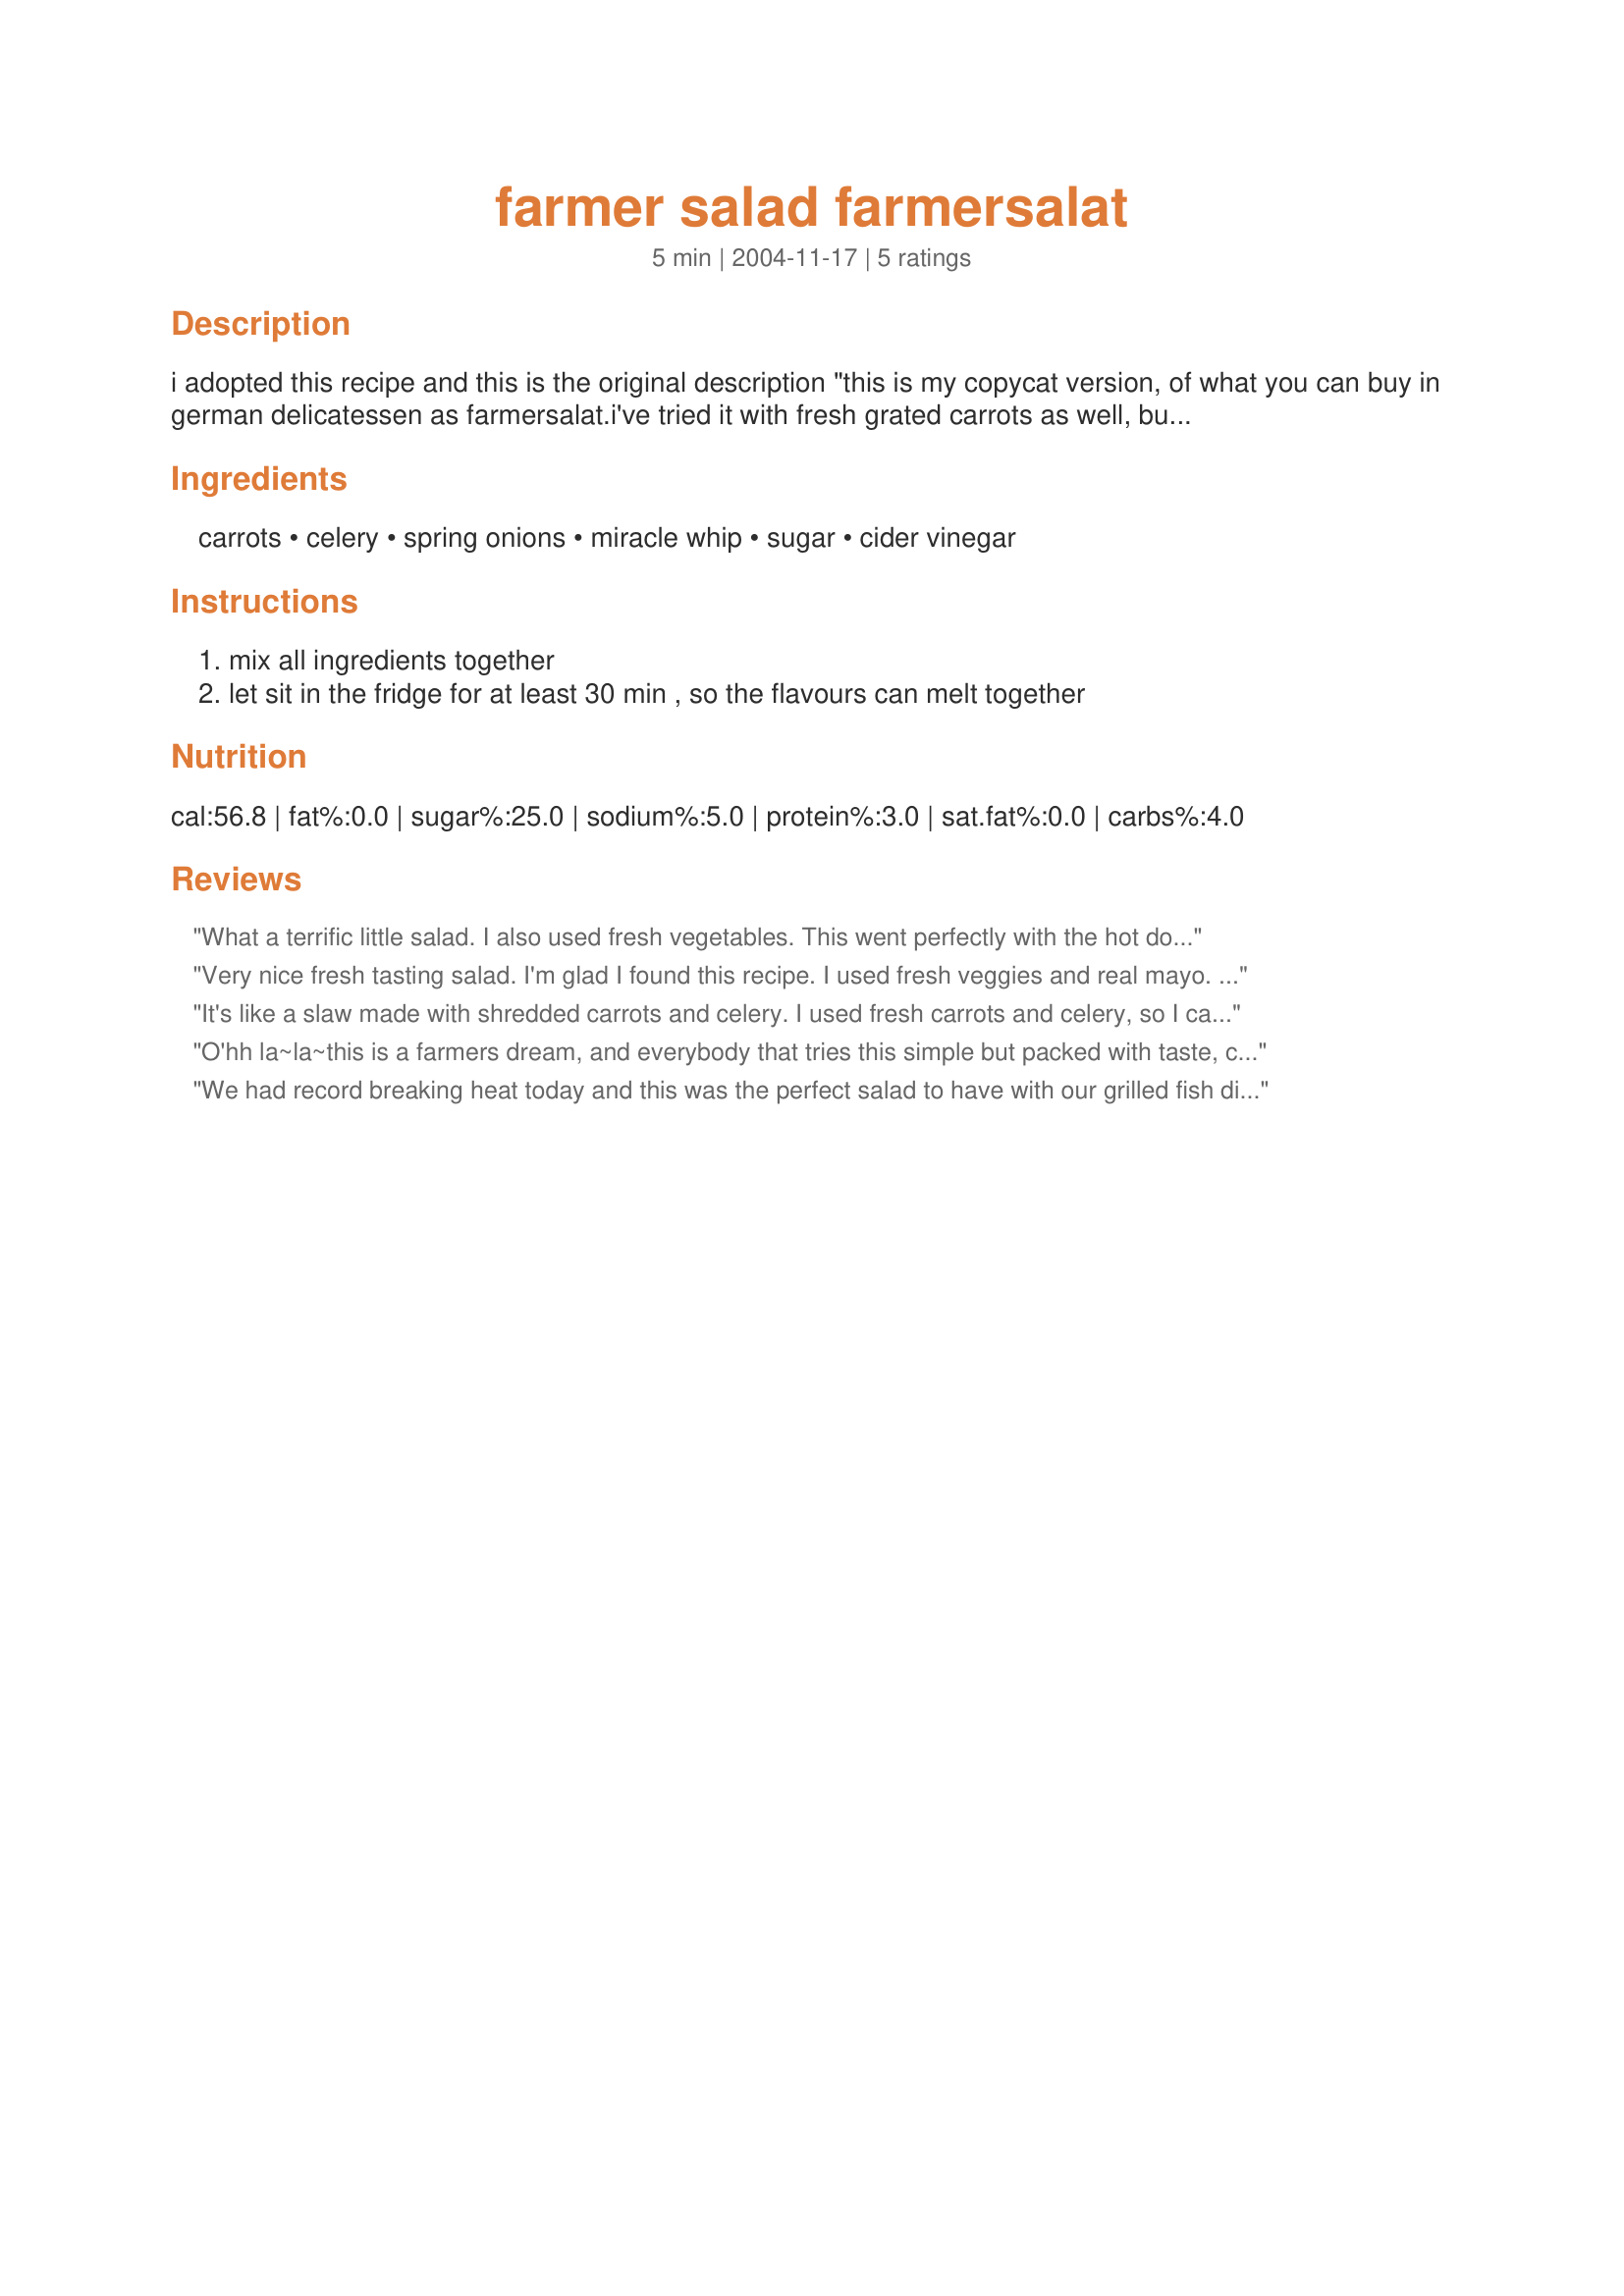
farmer salad farmersalat
Preparation time: 5 minutes

i adopted this recipe and this is the original description "this is my copycat version, of what you can buy in german delicatessen as farmersalat.i've tried it with fresh grated carrots as well, but found this version resembled the storebought version that i like the most".

Ingredients:
carrots, celery, spring onions, miracle whip, sugar, cider vinegar

Steps:
mix all ingredients together, let sit in the fridge for at least 30 min , so the flavours can melt together

Reviews:
What a terrific little salad. I also used fresh vegetables. This went perfectly with the hot dogs we had for a quick supper. Thanks Lauralie. :) Made for the May Pool Party Tag in the Diabetic Forum
Very nice fresh tasting salad. I'm glad I found this recipe. I used fresh veggies and real mayo. After tasting I also decided to add a pinch of salt. But I will definately be making this one again.
It's like a slaw made with shredded carrots and celery. I used fresh carrots and celery, so I can't speak for how it would turn out with "jarred" veggies. I shredded the celery w/ a veggie peeler. Besides the green onions, I put in some thinly sliced purple onion for color. I used regular mayo, so I used more vinegar and sugar to make it more "Miracle Whip-ish." It's a nice change from the usual picnic salads. I'll make this again. Thanx for adopting this!
O'hh la~la~this is a farmers dream, and everybody that tries this simple but packed with taste, crunchy salad will be rewarded with a terrific treat. There was nothing to change about this recipe; although I suspect you could easily use either Miracle Whip or good mayonnaise with not much variance. I already had cider vinegar/sugar made up, as I use this for cucumbers. I did use some red onion as suggested by the previous reviewer, just because it was so pretty. Thanks so much, Lori for a wonderful, exciting new recipe that is a delight :D
We had record breaking heat today and this was the perfect salad to have with our grilled fish dinner. It's crunchy, refreshing and delicious. I didn't really measure when making this. Fresh carrots and celery were used and I just kept the ratio to about 2:1. (carrots:celery). The green onions were from my garden. Made for ZWT6.
